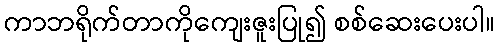
ကာဘရိုက်တာကိုကျေးဇူးပြု၍ စစ်ဆေးပေးပါ။